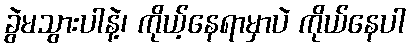
ခွဲမသွားပါနဲ့၊ ကိုယ့်နေရာမှာပဲ ကိုယ်နေပါ